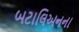
બટાલિઅનના